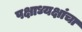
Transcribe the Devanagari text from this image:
पक्षाध्यक्षांचा